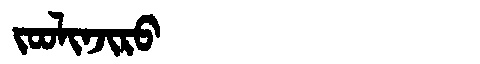
Manchu: ᠵᠣᠣᠯᡳᠨᠵᡳᡵᠣ
Romanization: JOOLINJIRO